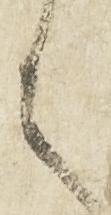
言